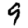
Digit: 9